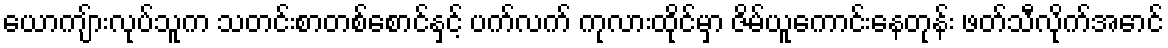
ယောကျ်ားလုပ်သူက သတင်းစာတစ်စောင်နှင့် ပက်လက် ကုလားထိုင်မှာ ဇိမ်ယူကောင်းနေတုန်း ဖတ်သီလိုက်အောင်